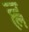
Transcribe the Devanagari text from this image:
ह्ल